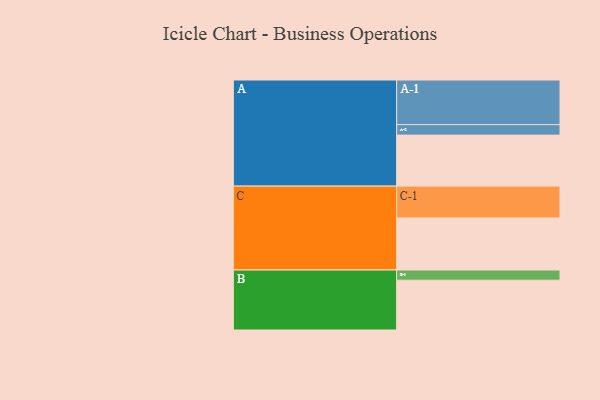
{"axis": {"x": "Segment", "y": "Value"}, "legend": ["", "A", "B", "C"], "data": [{"x": "A", "y": 335, "type": ""}, {"x": "B", "y": 327, "type": ""}, {"x": "C", "y": 342, "type": ""}, {"x": "A-1", "y": 293, "type": "A"}, {"x": "A-2", "y": 69, "type": "A"}, {"x": "B-1", "y": 67, "type": "B"}, {"x": "C-1", "y": 209, "type": "C"}]}